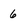
Character: 6